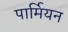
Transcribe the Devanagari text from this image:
पार्मियन